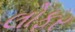
લોફર